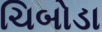
ચિબોડા